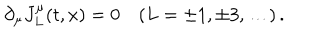
\partial _ { \mu } J _ { L } ^ { \mu } ( t , x ) = 0 \quad ( L = \pm 1 , \pm 3 , \dots ) \, .